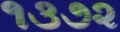
૧૩૭૨